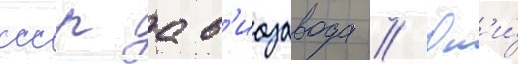
ссср ав'иазавода // Он'и́